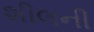
શીલની